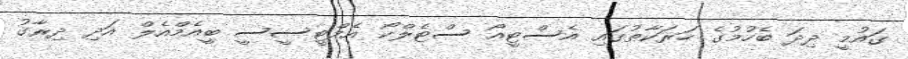
ގައުމީ ދިދަ ބެހުމުގެ ހަރަކާތުގައި އެސްޓީއޯ ސްޓެލްކޯ އެމްޓީސީސީ ބީއެމްއެލް އަދި ދިރާގު